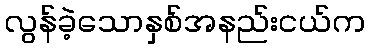
လွန်ခဲ့သောနှစ်အနည်းငယ်က